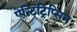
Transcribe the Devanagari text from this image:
ऐन्टिट्रिप्सिन